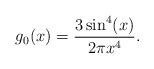
LaTeX: \begin{align*}g_0(x)=\dfrac{3 \sin^4(x)}{2 \pi x^4}.\end{align*}